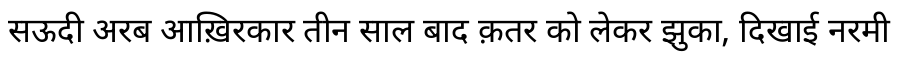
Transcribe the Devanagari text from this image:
सऊदी अरब आख़िरकार तीन साल बाद क़तर को लेकर झुका, दिखाई नरमी